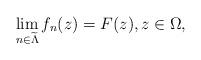
LaTeX: \begin{align*}\lim_{n\in\widetilde{\Lambda}} f_{n}(z)=F(z),z\in\Omega,\end{align*}